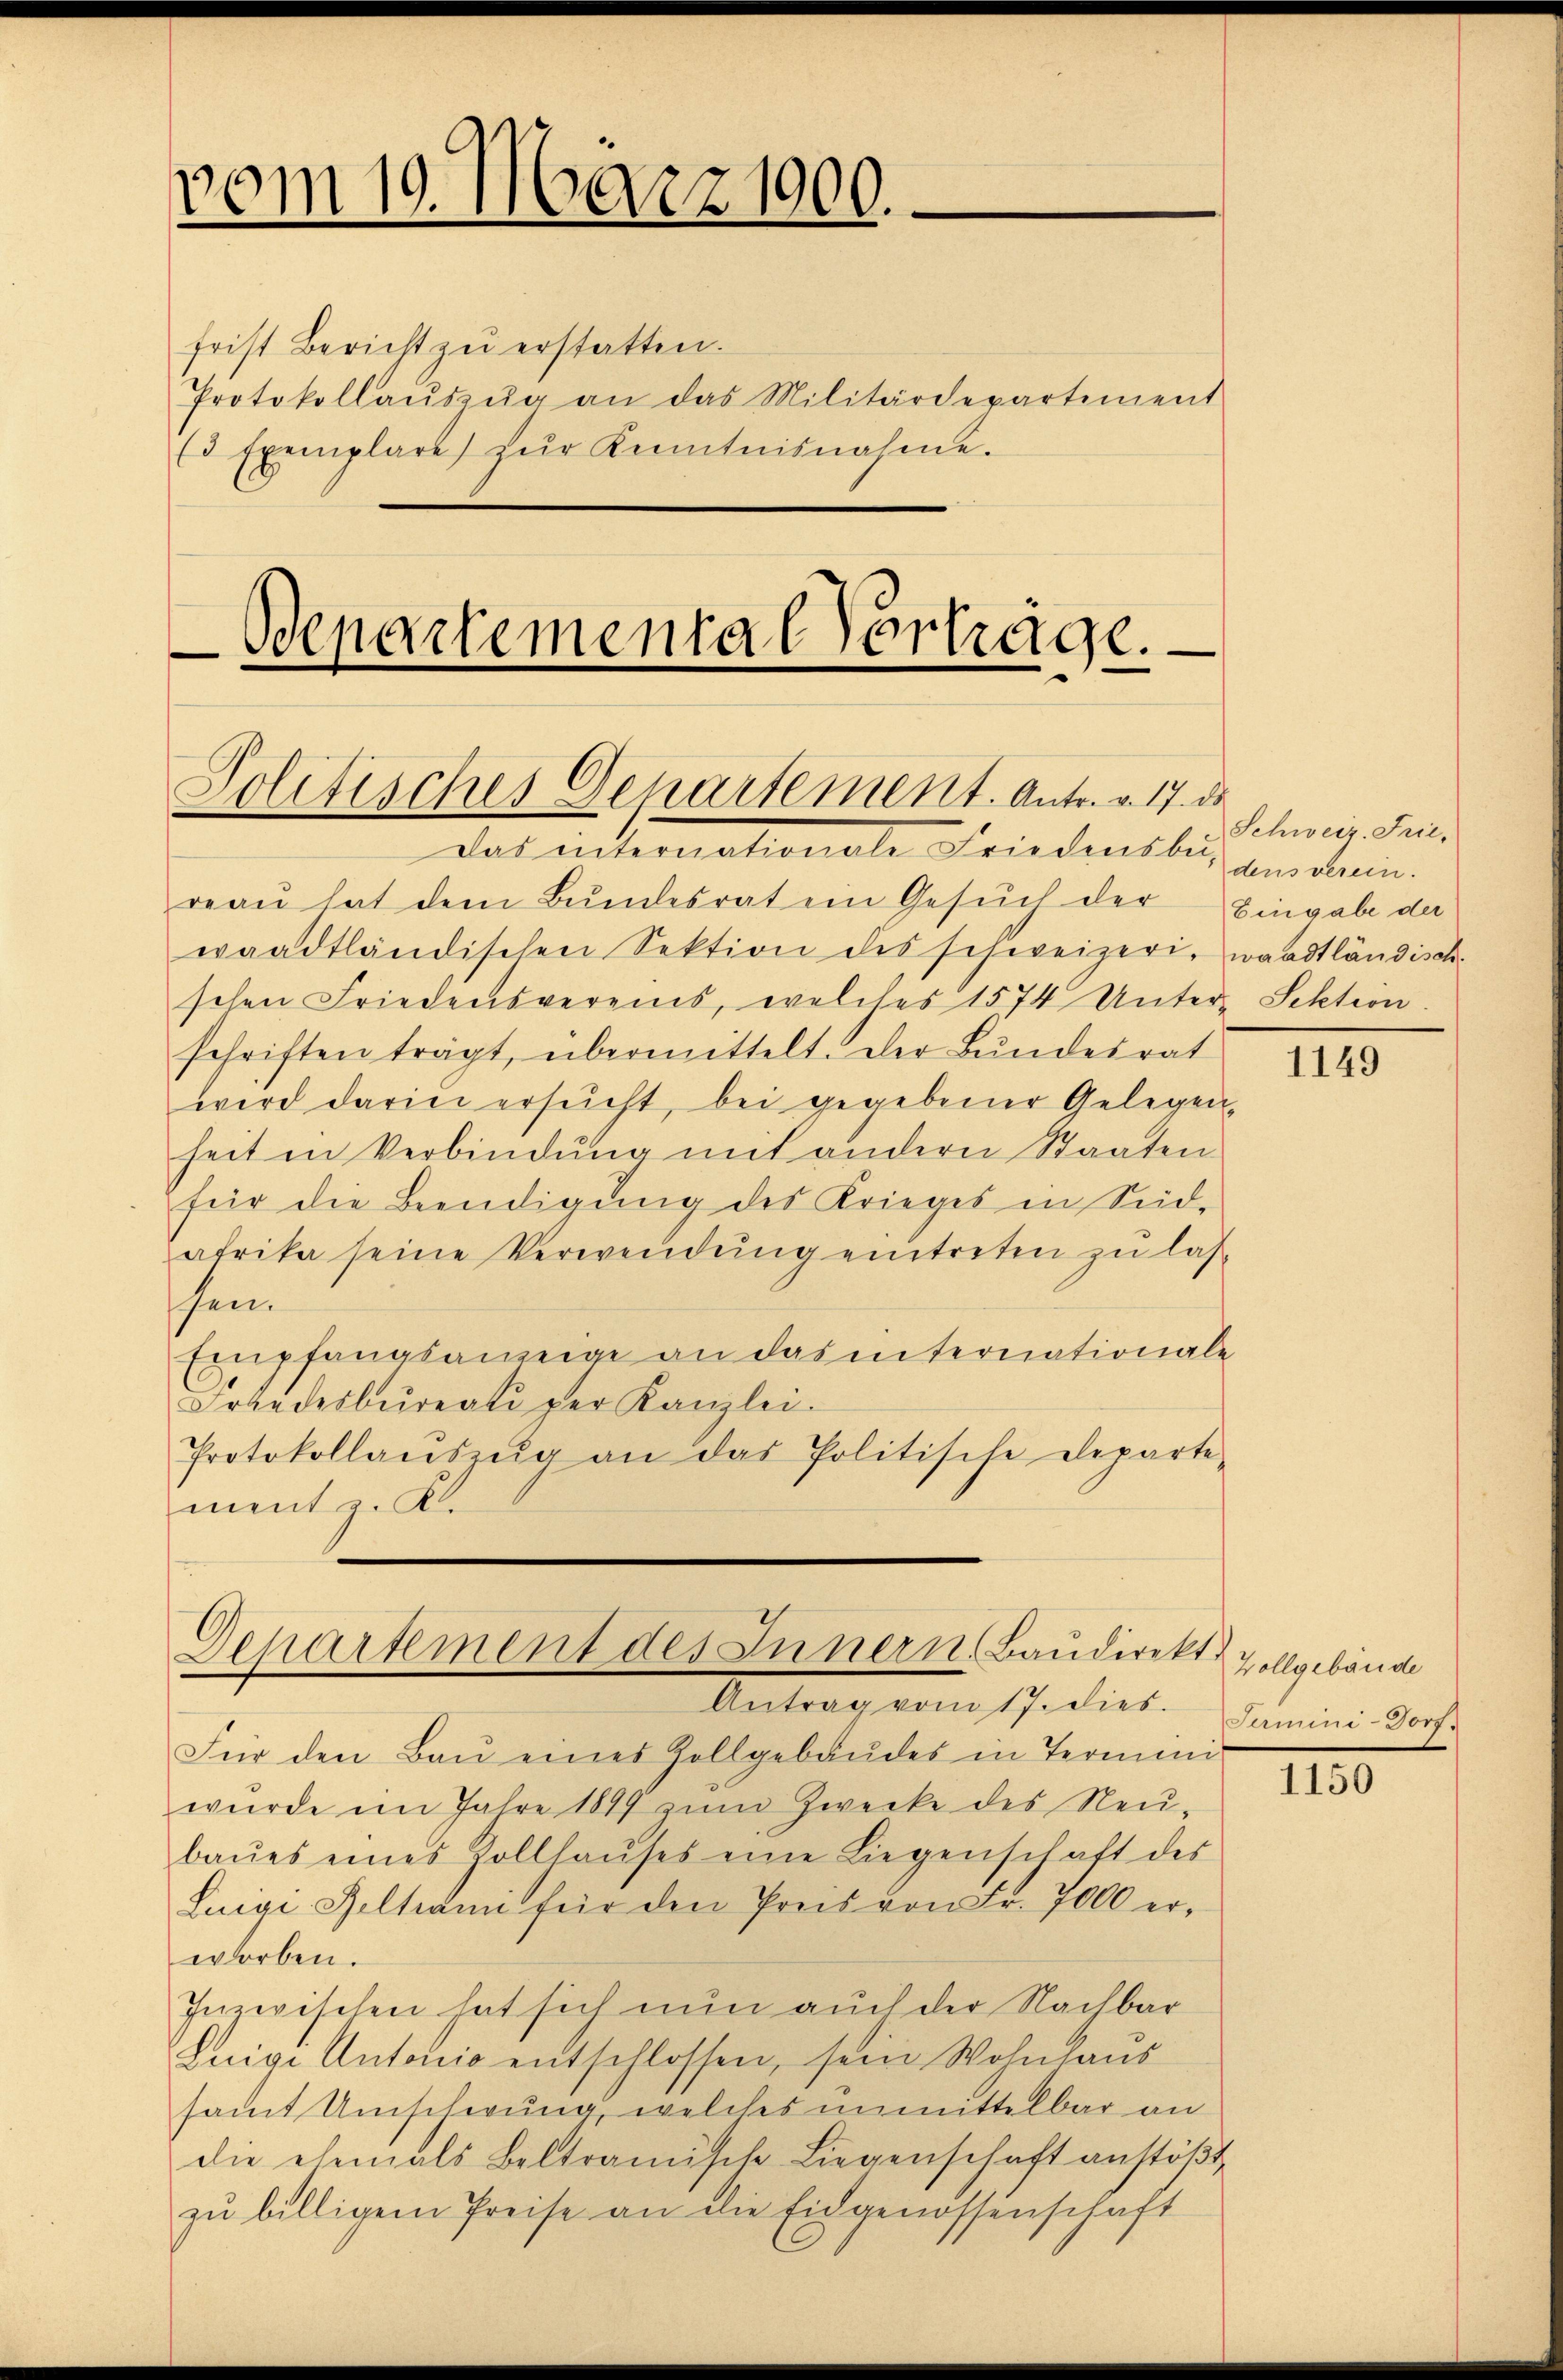
vom 10. März 1900.

frist Bericht zŭ erstatten.
Protokollaŭszŭg an das Militärdepartement
Es Exemplare zŭr Kenntnisnahme.

Bepartemental Vorträgl.
Politisches Genartement. Antr. v. 17. ds

Das einternationale Friedensler, an denn
reaŭ hat dem Bŭndesrat ein Gesŭch der Eingabe der
waadtländischen Sektion des schweizeri, waadtländisch-
schen Friedensvereins, welches 1574 Unter Sektion
schriften trägt, übermittelt. Der Bŭndesrat
wird darin ersucht, bei gegebener Gelegen-
heit in Verbindung mit andern Staaten
für die Beendigung des Krieges in Seid-
afrika seine Verwendŭng eintreten zu las-
hen.
Empfangsanzeige an das internationale
Irandesbureau der Kanzlei.
Protokollaŭszŭg an das Politische Departe-
ment z. K.

Departement des Innern, Baudirekt

Antrag vom 17. dies. Lamini-Dorf.
Für den Bau eines Zollgebäudes in Termini
wŭrde im Jahre 1899 zŭm Zwecke des Neŭ
baŭes eines Zollhaŭses eine Liegenschaft des
Luigi Geltrami für den Preis von Fr. 7000 erworben.
Inzwischen hat sich nun auch der Nachbar
Leige Antonio entschlossen, sein Wohnhaus
samt Umschwung, welches unmittelbar an
die ehemals Beltramische Liegenschaft anstößt
zŭ billigem Preise an die Eidgenossenschaft

Schweiz. Frie¬

1149

Vollgebäude

1150